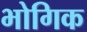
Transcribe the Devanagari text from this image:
भोगिक